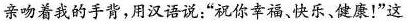
亲吻着我的手背，用汉语说：“祝你幸福、快乐、健康！”这